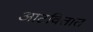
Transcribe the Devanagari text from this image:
आटवितात